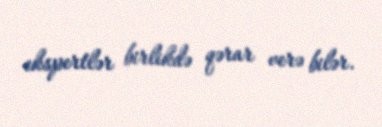
ekspertlər birlikdə qərar verə bilər.